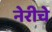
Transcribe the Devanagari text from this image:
नेरीचे